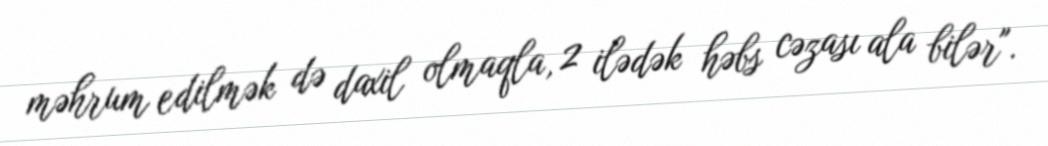
məhrum edilmək də daxil olmaqla, 2 ilədək həbs cəzası ala bilər".